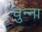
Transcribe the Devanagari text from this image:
घुन्ना